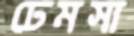
ঢেমসা